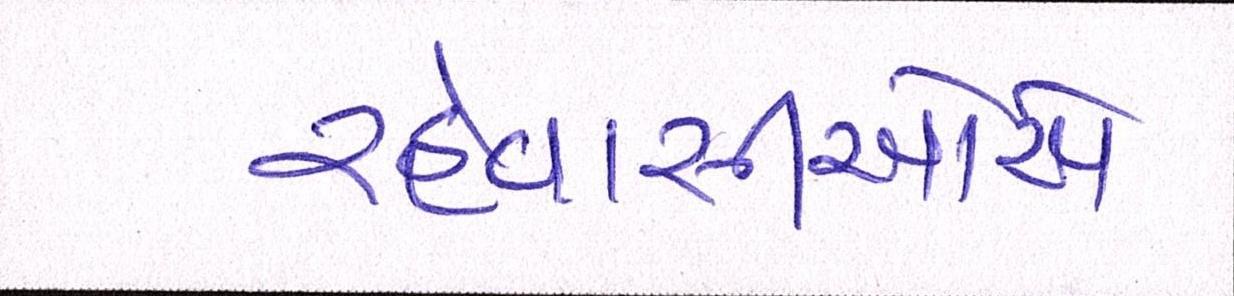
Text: રહેવાસીઓએ